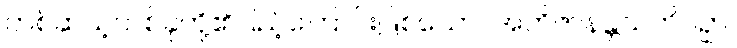
တစ်ဆယ့်တစ်ခုတို့၏ပြည့်ကြောင်းဖြစ်သော။ အဘိဇာနန္တသတိပဉှာ၊